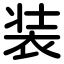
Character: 装